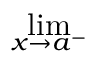
\operatorname* { l i m } _ { x \to a ^ { - } }